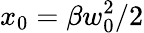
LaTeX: x_{0}=\beta w_{0}^{2}/2